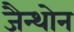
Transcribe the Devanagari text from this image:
जैन्थोन